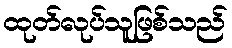
ထုတ်လုပ်သူဖြစ်သည်